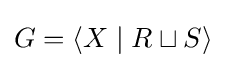
G=\langle X\mid R\sqcup S\rangle